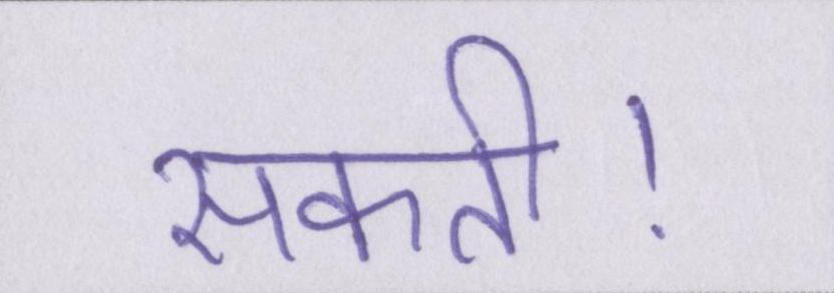
सकती।